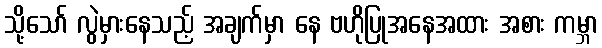
သို့သော် လွဲမှားနေသည့် အချက်မှာ နေ ဗဟိုပြုအနေအထား အစား ကမ္ဘာ